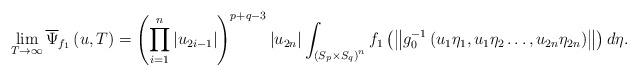
LaTeX: \begin{align*}\lim_{T\rightarrow\infty}\overline{\Psi}_{f_{1}}\left(u,T\right)=\left(\prod_{i=1}^{n}\left|u_{2i-1}\right|\right)^{p+q-3}\left|u_{2n}\right|\int_{\left(S_{p}\times S_{q}\right)^{n}}f_{1}\left(\left\Vert g_{0}^{-1}\left(u_{1}\eta_{1},u_{1}\eta_{2}\dots,u_{2n}\eta_{2n}\right)\right\Vert \right)d\eta.\end{align*}